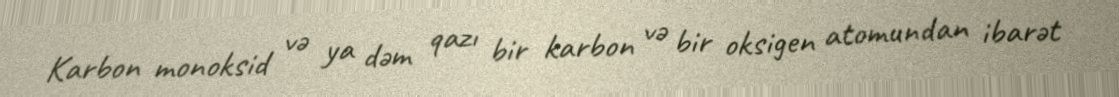
Karbon monoksid və ya dəm qazı bir karbon və bir oksigen atomundan ibarət